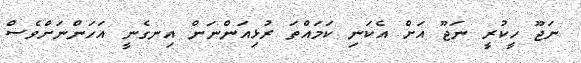
ނަޖޫ ހީކުރީ ނަޖޫ އަށް އެކަނި ކަމައްތަ ރުޅިއަންނަން އިނގެނީ އަހަންނަށްވެސް